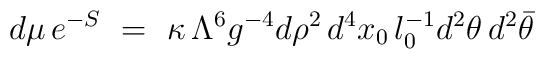
d\mu \,e^{-S}~=~ \kappa\,\Lambda^6g^{-4} d\rho^2\, d^4x_0\,l_0^{-1} d^2\theta\,d^2\bar{\theta}